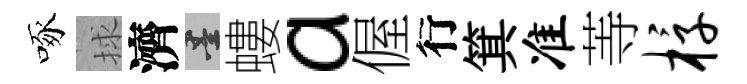
啄捄濟墨螻a偓行箕准䓁椁